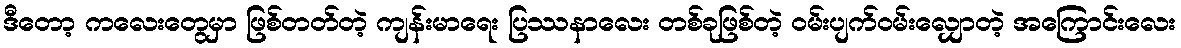
ဒီတော့ ကလေးတွေမှာ ဖြစ်တတ်တဲ့ ကျန်းမာရေး ပြဿနာလေး တစ်ခုဖြစ်တဲ့ ဝမ်းပျက်ဝမ်းလျှောတဲ့ အကြောင်းလေး